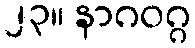
၂၃။ နာဂဝဂ္ဂ